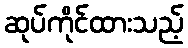
ဆုပ်ကိုင်ထားသည့်